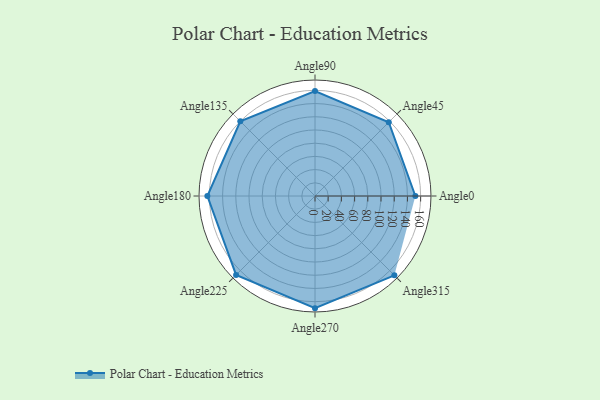
{"axis": {"x": "Angle", "y": "Radius"}, "legend": [""], "data": [{"x": "Angle0", "y": 152.0, "type": ""}, {"x": "Angle45", "y": 158.0, "type": ""}, {"x": "Angle90", "y": 159.0, "type": ""}, {"x": "Angle135", "y": 160.0, "type": ""}, {"x": "Angle180", "y": 163.0, "type": ""}, {"x": "Angle225", "y": 169.0, "type": ""}, {"x": "Angle270", "y": 170, "type": ""}, {"x": "Angle315", "y": 170, "type": ""}]}